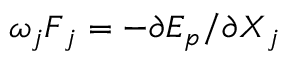
\omega _ { j } \boldsymbol F _ { j } = - \partial E _ { p } / \partial \boldsymbol X _ { j }